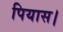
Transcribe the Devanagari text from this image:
पियास।